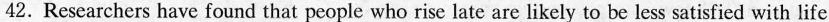
42. Researchers have found that people who rise late are likely to be less satisfied with life.